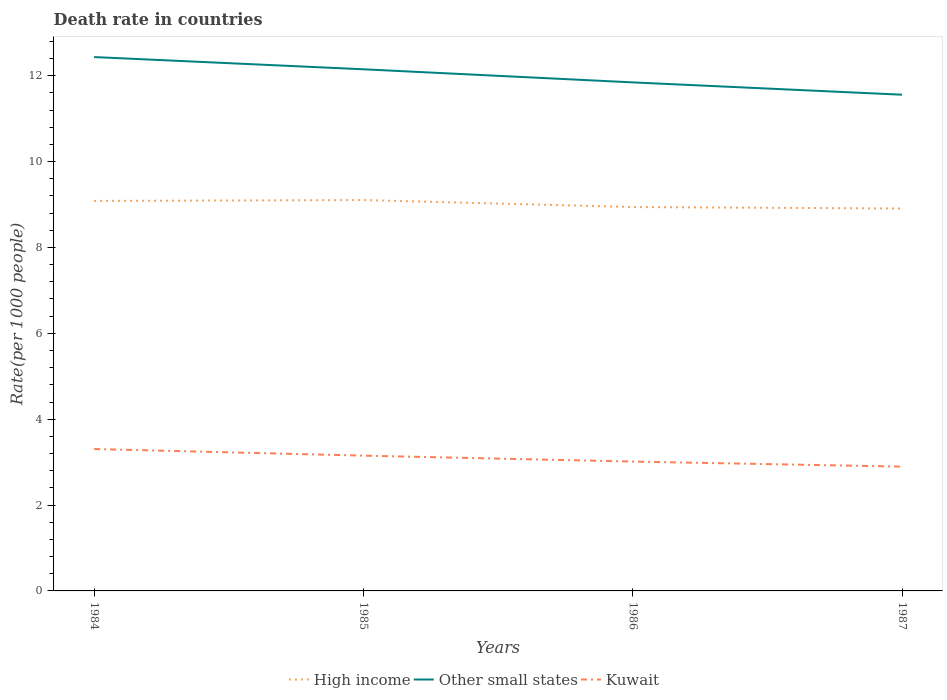
| Years | High income | Other small states | Kuwait |
 | --- | --- | --- | --- |
 | 1984 | 9.08 | 12.4 | 3.31 |
 | 1985 | 9.1 | 12.2 | 3.15 |
 | 1986 | 8.94 | 11.8 | 3.01 |
 | 1987 | 8.91 | 11.6 | 2.9 |